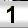
Digit: 1